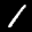
Label: 1